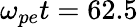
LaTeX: \omega_{pe}t=62.5